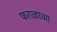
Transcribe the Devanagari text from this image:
फराळाच्या